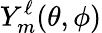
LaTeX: Y_{m}^{\ell}(\theta,\phi)